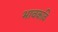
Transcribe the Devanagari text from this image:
भावकवि